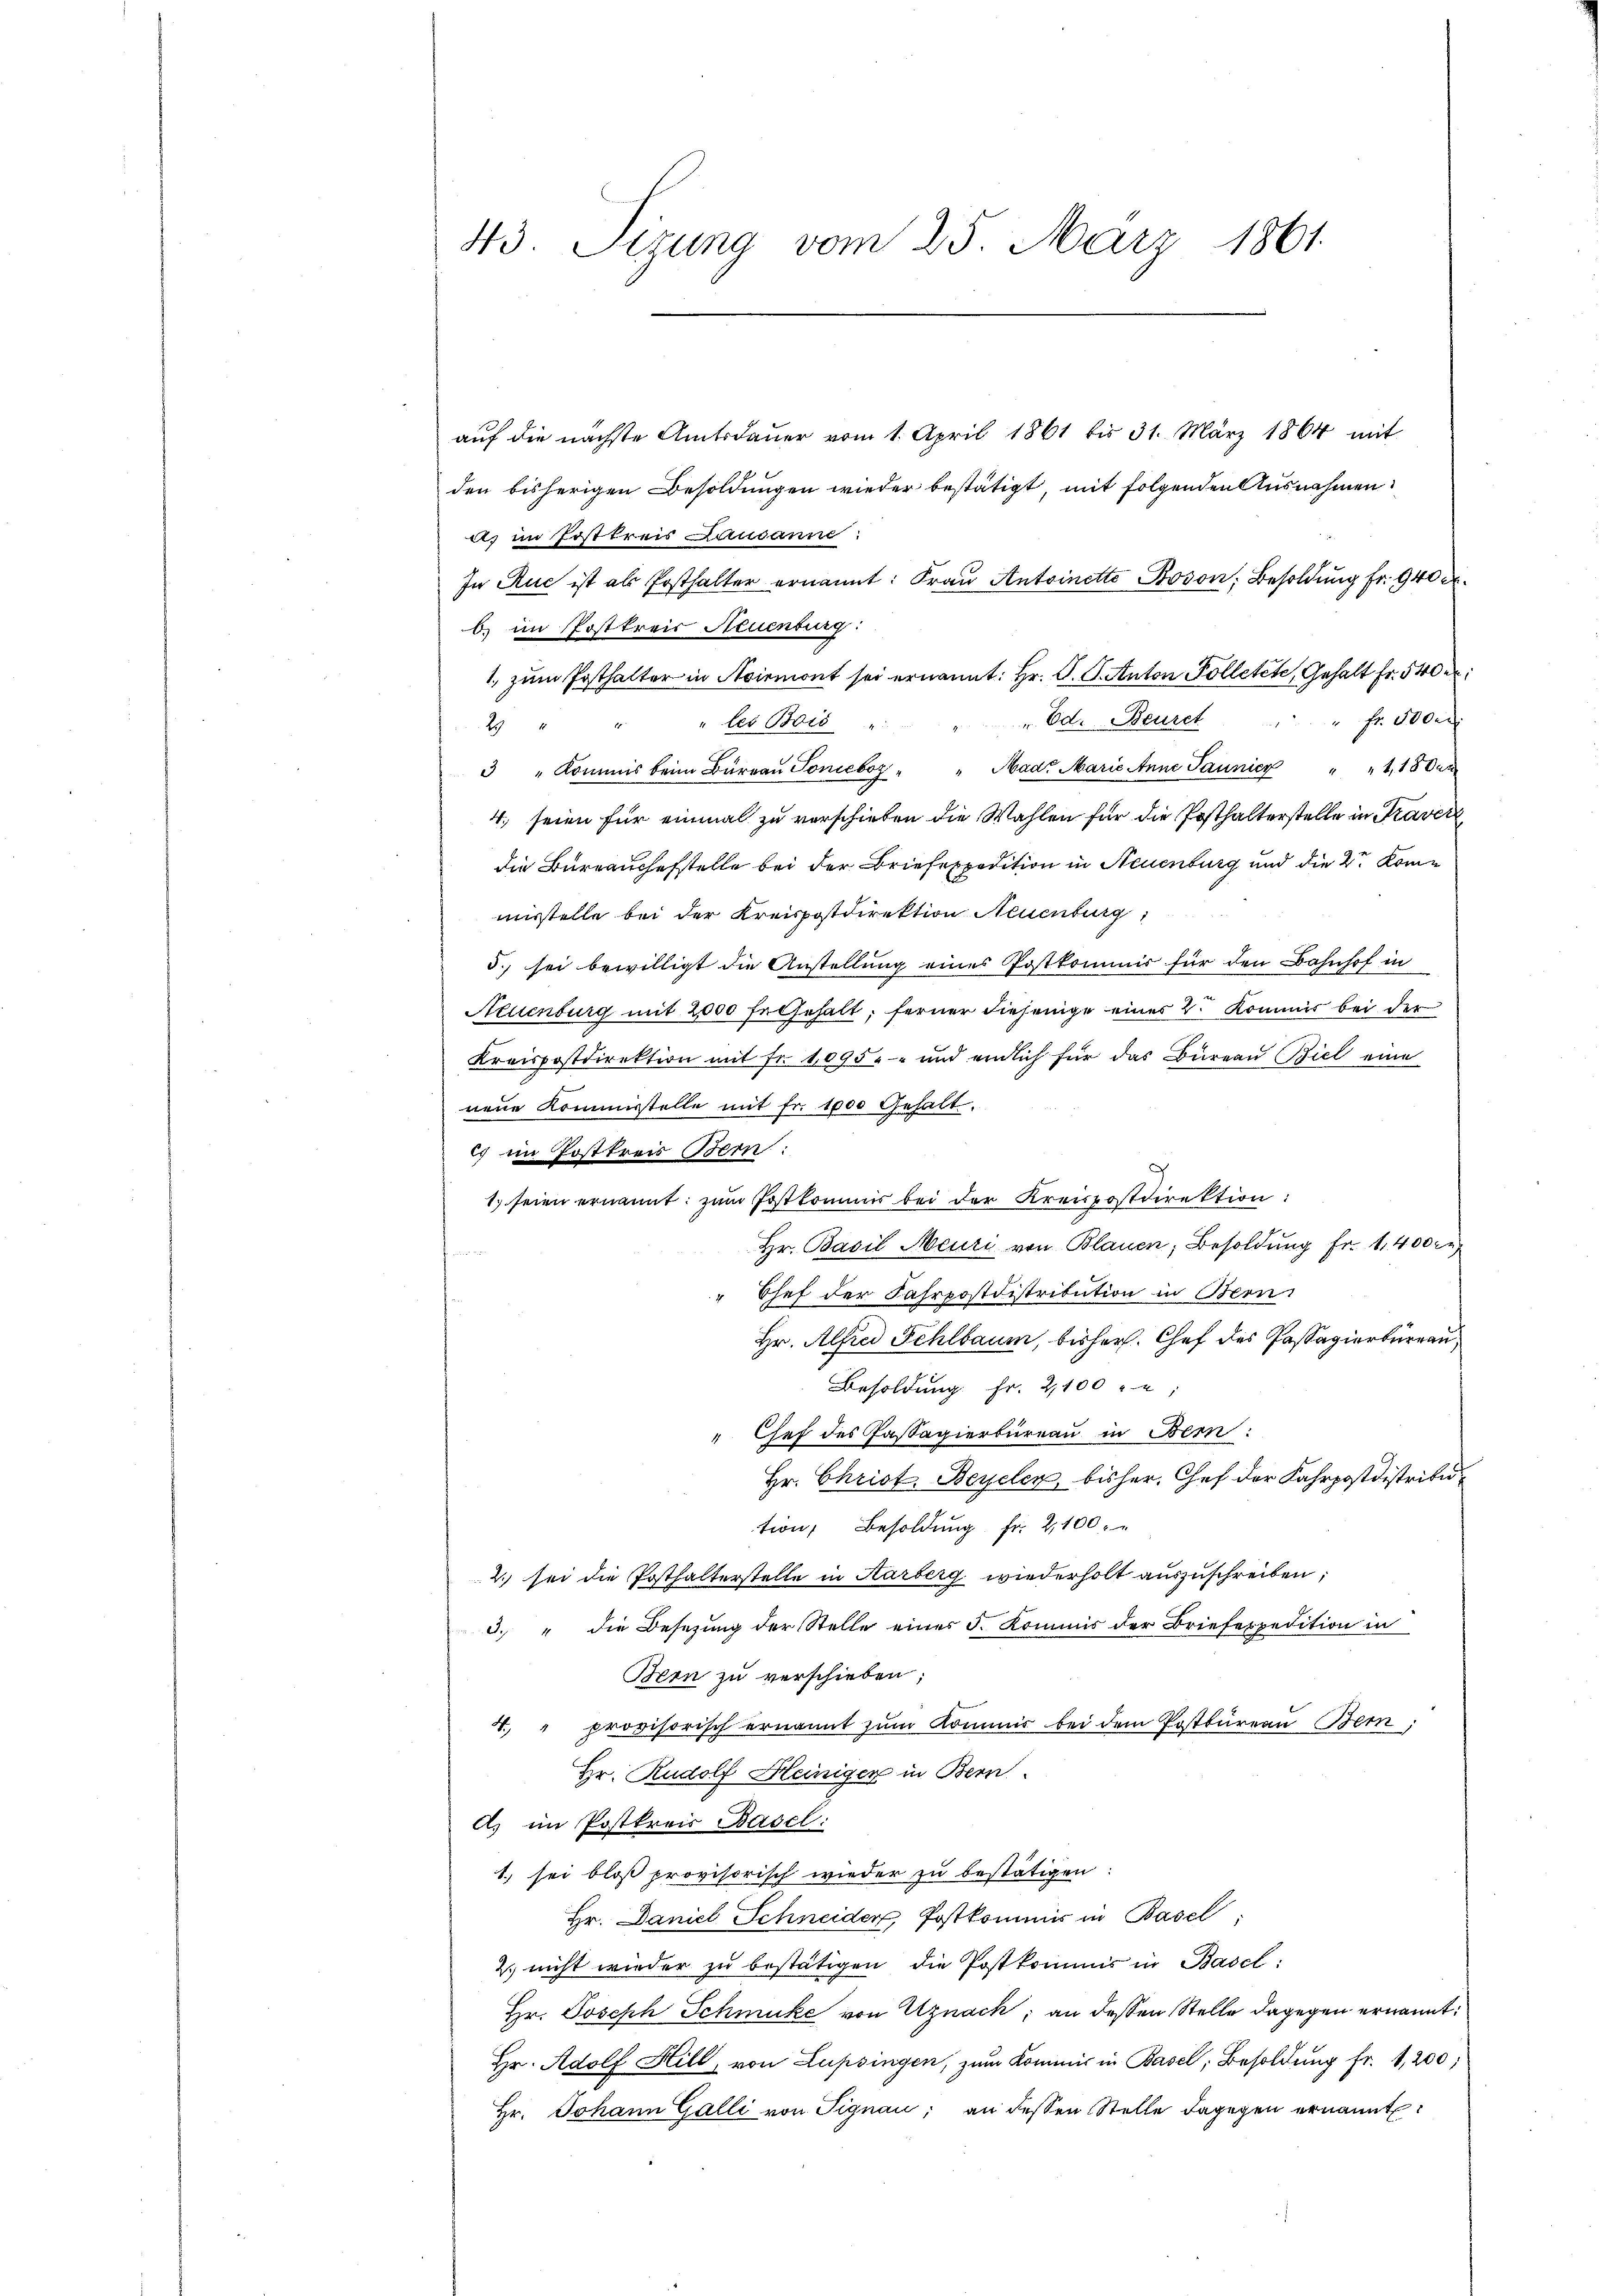
43. Sizung vom 25. März 1861.

auf die nächste Amtsdauer vom 1. April 1861 bis 31. März 1864 mit
den bisherigen Besoldungen wieder bestätigt, mit folgenden Ausnahmen
as im Josttreis Lausanne:
In Ruc ist als Posthalter ernannt: Fraŭ Antoinette Boson, Besoldung fr. 940 d
b) im Postkreis Neuenburg:
1., zum Posthalter in Airmont sei ernannt: Hr. P. J. Anton Polletete, Gehalt fr. 540 r
". Ed. Beuret
Fr. 500 r
les Bris
29 " "
3 " Kommis beim Büreaŭ Tonieboz " " Mad. Marie Anne Jaunier " " 1,13 dat
4. seien für einmal zu verschieben die Wahlen für die Posthalterstelle in Traver
die Bureauchefstelle bei der Briefexpedition in Neuenburg und die 2tr Kommisstelle bei der Kreispostdirektion Neuenburg,
5. sei bewilligt die Anstellung eines Postkommis für den Bahnhof in
Aeuenburg mit 2000 felsehalt, ferner diejenige eines 2. Kommis bei der
Kreispostdirektion mit Fr. 1095. und endlich für das Büreau Biel eine
neue Kommisstelle mit fr. 1000 Gehalt.
es im Postkreis Bern:
1. seien ernannt: zum Postkommis bei der Kreispostdirektion:
Hr. Basil Meuri von Blauen, Besoldung fr. 1,400 r
" Chef der Fahrpostdistribution in Bon
Hr. Alfred Schlbaum, bisher. Chef des Passagierbureau,
Besoldung Fr. 2100 u
 Chef des Cassagierbureau in Bern:
Hr. Christ. Beyelen, bisher, Chef der Fahrpostdistribu
tion, Besoldung fr. 2100.
2. sei die Posthalterstelle in Aarberg wiederholt auszuschreiben,
3. " die Besetzung der Stelle eines F. Kommis der Briefespedition in
Bern zu verschieben;
4. " provisorisch ernannt zum Kommis bei dem Postbureau Bern,
Hr. Rudolf Heiniger in Bern
A) im Postkreis Basel:
1. sei bloß provisorisch wieder zu bestätigen:
Hr. Daniel Schneider, Postkommer in Basel
2. nicht wieder zu bestätigen die Postkommis in Basel:
Hr. Joseph Schmuke von Uznach; an dessen Stelle dagegen ernannt:
Hr. Adolf Hill, von Lupsingen, zum Kommis in Basel, Besoldung fr. 1,200:
Hr. Johann Galli von Signau, an dessen Stelle dagegen ernannt: